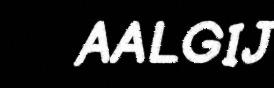
AALGIJ